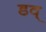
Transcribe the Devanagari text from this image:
डव्